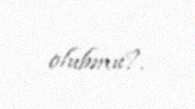
olubmu?.